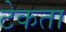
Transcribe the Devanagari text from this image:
टेकता